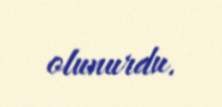
olunurdu.